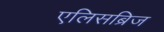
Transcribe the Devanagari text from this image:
एलिसब्रिज